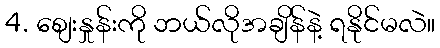
4. စျေးနှုန်းကို ဘယ်လိုအချိန်နဲ့ ရနိုင်မလဲ။